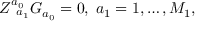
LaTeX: Z _ { \; \; a _ { 1 } } ^ { a _ { 0 } } G _ { a _ { 0 } } = 0 , \; a _ { 1 } = 1 , \ldots , M _ { 1 } ,